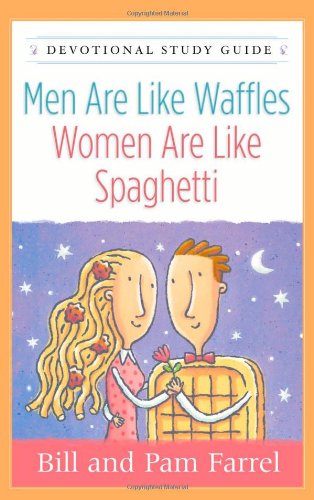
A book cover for Men Are Like Waffles--Women Are Like Spaghetti Devotional Study Guide; Bill Farrel; Medical Books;